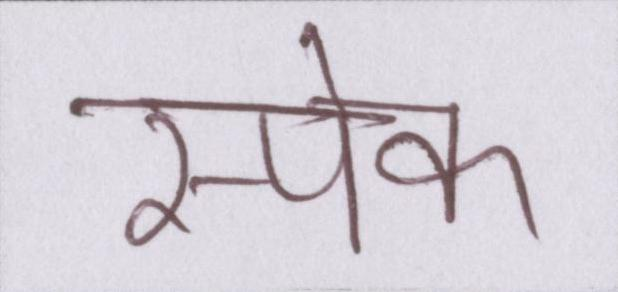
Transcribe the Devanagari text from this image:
स्पेक